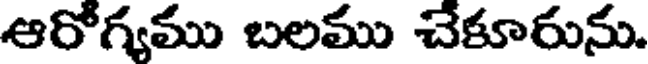
ఆరోగ్యము బలము చేకూరును.